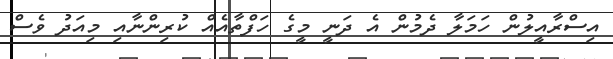
އިސްރާއީލުން ހަމަލާ ދެމުން އެ ދަނީ މީގެ ހަފްތާއެއް ކުރިންނާއި މިއަދު ވެސް